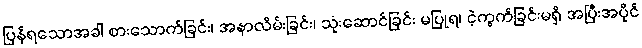
ပြန်ရသောအခါ စားသောက်ခြင်း၊ အနာလိမ်းခြင်း၊ သုံးဆောင်ခြင်း မပြုရ၊ ငဲ့ကွက်ခြင်းမရှိ အပြီးအပိုင်